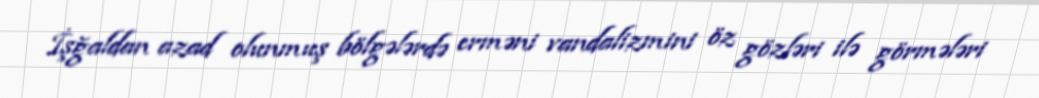
İşğaldan azad olunmuş bölgələrdə erməni vandalizmini öz gözləri ilə görmələri